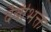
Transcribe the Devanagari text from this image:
देवीभक्त